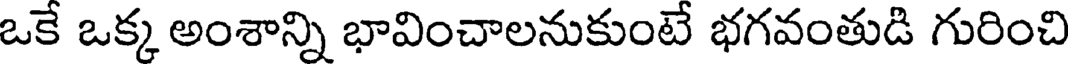
ఒకే ఒక్క అంశాన్ని భావించాలనుకుంటే భగవంతుడి గురించి